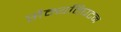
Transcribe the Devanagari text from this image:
सैन्यविघटन